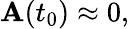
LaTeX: \mathbf{A}(t_{0})\approx0,